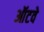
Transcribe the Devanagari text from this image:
ऑटवे